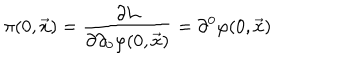
\pi ( 0 , \vec { x } ) = { \frac { \partial { \cal L } } { \partial \partial _ { 0 } \varphi ( 0 , \vec { x } ) } } = \partial ^ { 0 } \varphi ( 0 , { \vec { x } } )